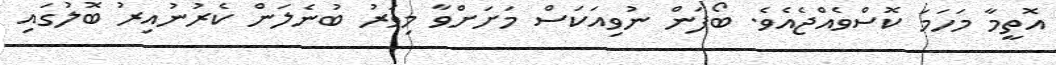
އޮތީމާ މަހަމަ ކޮސްވެއްޖެއެވެ. ބޯފަން ނުވިއަކަސް މަށަށްވާ މިވަރު ބުނެލަން ކެރުނުއިރު ބޮލުގައި